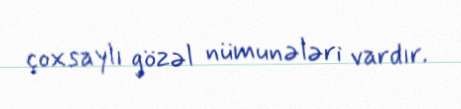
çoxsaylı gözəl nümunələri vardır.